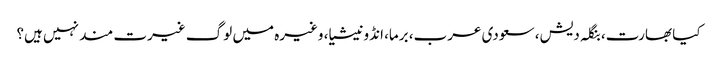
کیا بھارت، بنگلہ دیش، سعودی عرب، برما، انڈونیشیا، وغیرہ میں لوگ غیرت مند نہیں ہیں؟